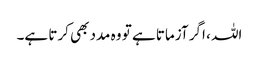
اللہ ، اگر آزماتا ہے تو وہ مدد بھی کرتا ہے۔